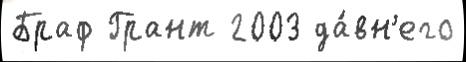
Браф Грант 2003 да́вн'его